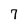
Character: 7